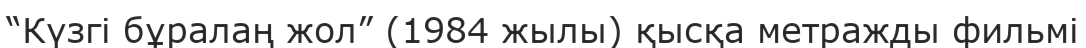
“Күзгі бұралаң жол” (1984 жылы) қысқа метражды фильмі